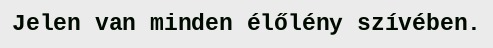
Jelen van minden élőlény szívében.